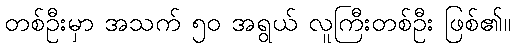
တစ်ဦးမှာ အသက် ၅၀ အရွယ် လူကြီးတစ်ဦး ဖြစ်၏။